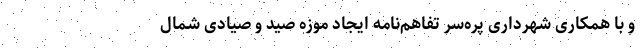
و با همکاری شهرداری پره‌سر تفاهم‌نامه ایجاد موزه صید و صیادی شمال